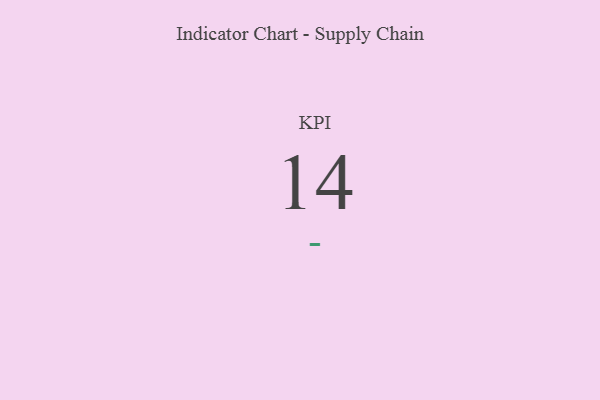
{"axis": {"x": "KPI", "y": "Value"}, "legend": [""], "data": [{"x": "KPI", "y": 14, "type": ""}]}